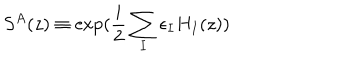
LaTeX: S ^ { A } ( z ) \equiv \exp ( \frac { i } { 2 } \sum _ { I } \epsilon _ { I } H _ { I } ( z ) )